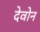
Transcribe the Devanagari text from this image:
देवोन